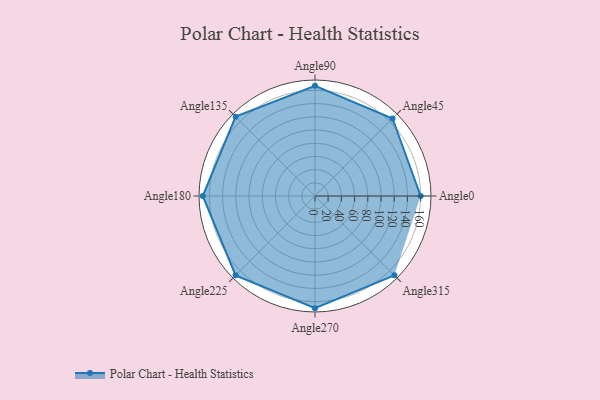
{"axis": {"x": "Angle", "y": "Radius"}, "legend": [""], "data": [{"x": "Angle0", "y": 160.0, "type": ""}, {"x": "Angle45", "y": 166.0, "type": ""}, {"x": "Angle90", "y": 167.0, "type": ""}, {"x": "Angle135", "y": 170, "type": ""}, {"x": "Angle180", "y": 170, "type": ""}, {"x": "Angle225", "y": 170, "type": ""}, {"x": "Angle270", "y": 170, "type": ""}, {"x": "Angle315", "y": 170, "type": ""}]}